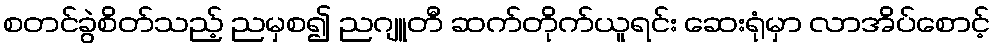
စတင်ခွဲစိတ်သည့် ညမှစ၍ ညဂျူတီ ဆက်တိုက်ယူရင်း ဆေးရုံမှာ လာအိပ်စောင့်